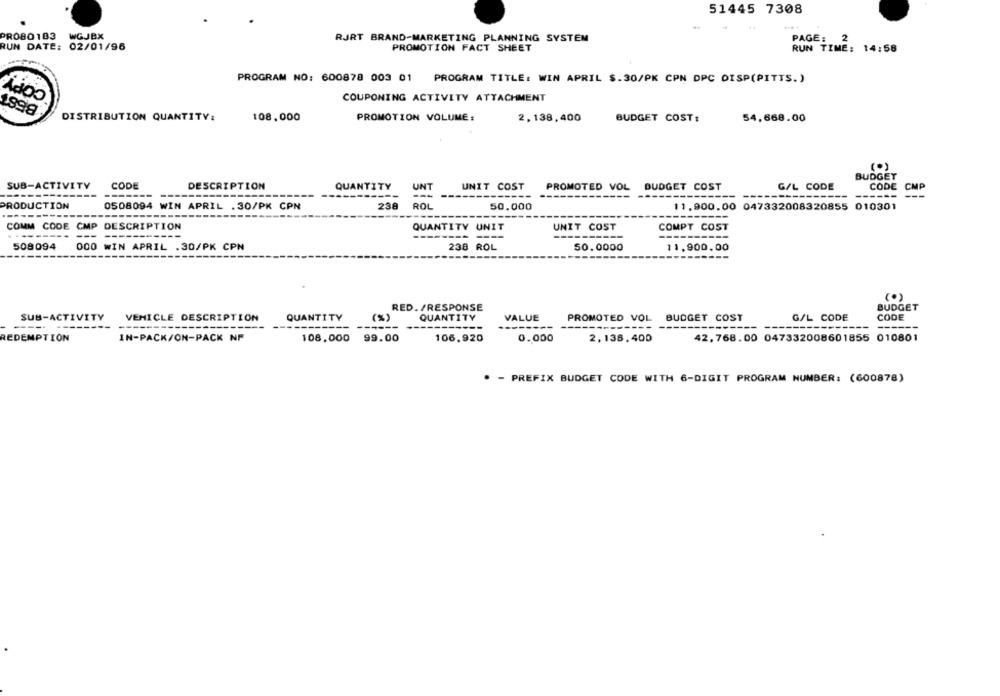
51445 7308
PRO80103
WGJBX
RJRT BRAND-MARKETING PLANNING SYSTEM
PAGE:
2
RUN DATE: 02/01/96
PROMOTION FACT SHEET
RUN TIME: 14:58
COPY
PROGRAM NO: 600878 003 01 PROGRAM TITLE: WIN APRIL $.30/PK CPN DPC DISP(PITTS.)
COUPONING ACTIVITY ATTACHMENT
DISTRIBUTION QUANTITY:
108,000
PROMOTION VOLUME:
2,138,400
BUDGET COST:
54,668.00
BUDGET
SUB-ACTIVITY
CODE
DESCRIPTION
QUANTITY
UNT
UNIT COST
PROMOTED VOL BUDGET COST
G/L CODE
CODE
CMP
-----
-----------
------
---
PRODUCTION
0508094 WIN APRIL .30/PK CPN
238
ROL
50.000
11,900,00 047332008320855 010301
-----
COMM CODE CMP DESCRIPTION
QUANTITY UNIT
UNIT COST
COMPT COST
--------
---
--------
508094
000 WIN APRIL .30/PK CPN
238 ROL
50.0000
11,900.00
(.)
RED. /RESPONSE
BUDGET
SUB-ACTIVITY
VEHICLE DESCRIPTION
QUANTITY
(%)
QUANTITY
VALUE
PROMOTED VOL BUDGET COST
G/L CODE
CODE
----
---
----
-------
REDEMPTION
IN-PACK/ON-PACK NF
108,000
99.00
106,920
0.000
2,138,400
42, 768.00 047332008601855 010801
* - PREFIX BUDGET CODE WITH 6-DIGIT PROGRAM NUMBER: (600878)